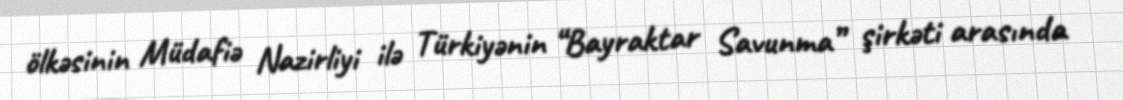
ölkəsinin Müdafiə Nazirliyi ilə Türkiyənin “Bayraktar Savunma” şirkəti arasında